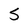
Character: 5